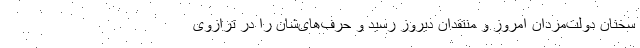
سخنان دولت‌مردان امروز و منتقدان دیروز رسید و حرف‌های‌شان را در ترازوی